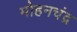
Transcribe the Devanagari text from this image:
मोहनचंद्र